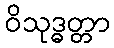
ဝိသုဒ္ဓတ္တာ